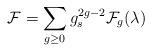
LaTeX: \begin{align*}{\cal F}= \sum_{g\geq 0} g_{s}^{2g-2} {\cal F}_{g}(\lambda)\end{align*}